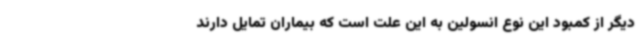
دیگر از کمبود این نوع انسولین به این علت است که بیماران تمایل دارند